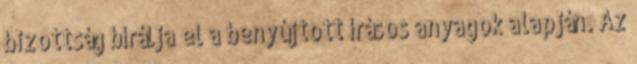
bizottság bírálja el a benyújtott írásos anyagok alapján. Az